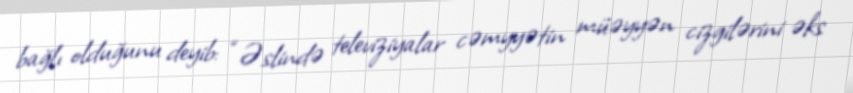
bağlı olduğunu deyib: “Əslində televiziyalar cəmyyətin müəyyən cizgilərini əks